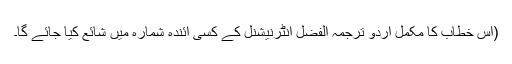
(اس خطاب کا مکمل اردو ترجمہ الفضل انٹرنیشنل کے کسی آئندہ شمارہ میں شائع کیا جائے گا۔